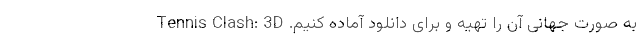
به صورت جهانی آن را تهیه و برای دانلود آماده کنیم. Tennis Clash: 3D